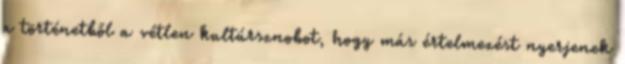
a történetből a vétlen kultúrsznobot, hogy más értelmezést nyerjenek